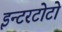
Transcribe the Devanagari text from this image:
इन्टरटोटो